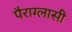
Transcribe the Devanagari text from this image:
पैराग्लासी